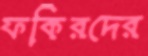
ফকিরদের